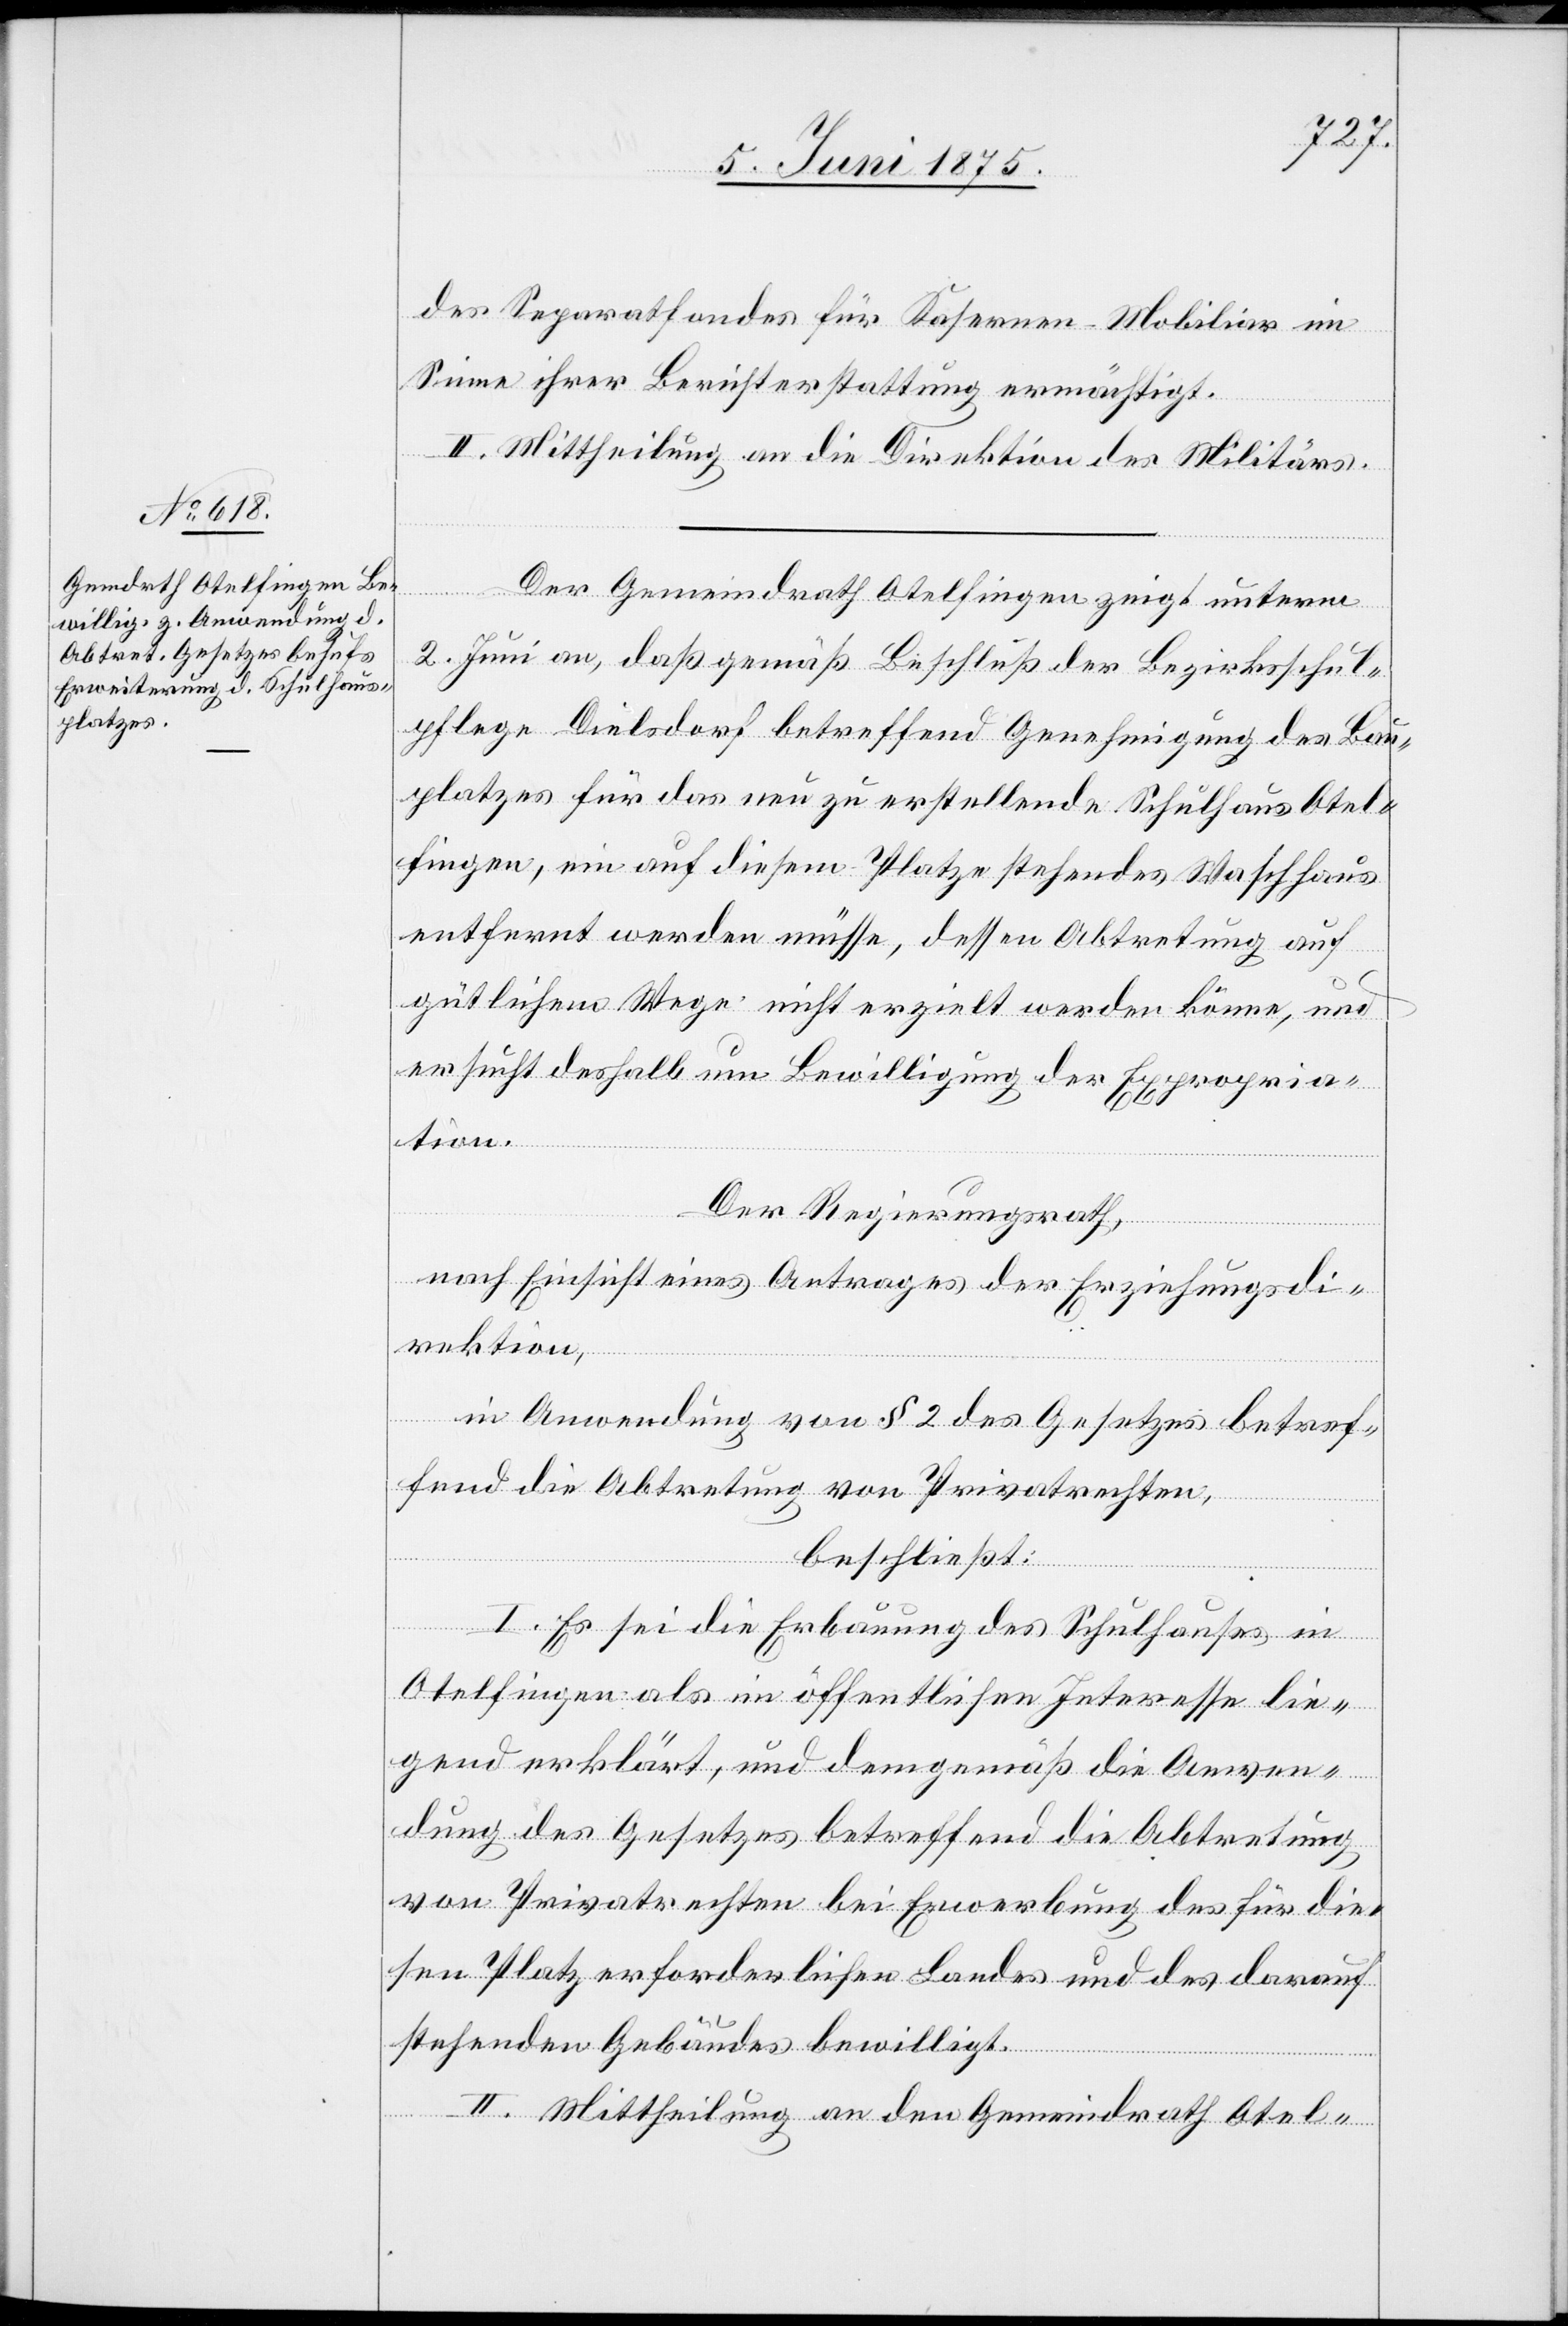
des Separatfondes für Kasernen-Mobiliar im
Sinne ihrer Berichterstattung ermächtigt.
II. Mittheilung an die Direktion des Militärs.
Der Gemeindrath Otelfingen zeigt unterm
2. Juni an, daß gemäß Beschluß der Bezirksschul¬
pflege Dielsdorf betreffend Genehmigung des Bau¬
platzes für das neu zu erstellende Schulhaus Otel¬
fingen, ein auf diesem Platze stehendes Waschhaus
entfernt werden müsse, dessen Abtretung auf
gütlichem Wege nicht erzielt werden könne, und
ersucht deshalb um Bewilligung der Expropria¬
tion.
Der Regierungsrath,
nach Einsicht eines Antrages der Erziehungsdi¬
rektion,
in Anwendung von § 2 des Gesetzes betref¬
fend die Abtretung von Privatrechten,
beschließt:
I. Es sei die Erbauung des Schulhauses in
Otelfingen als im öffentlichen Interesse lie¬
gend erklärt, und demgemäß die Anwen¬
dung des Gesetzes betreffend die Abtretung
von Privatrechten bei Erwerbung des für die¬
sen Platz erforderlichen Landes und des darauf
stehenden Gebäudes bewilligt.
II. Mittheilung an den Gemeindrath Otel-